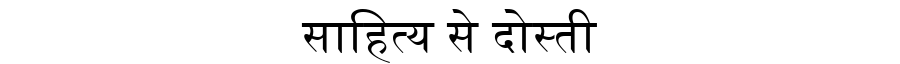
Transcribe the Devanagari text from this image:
साहित्य से दोस्ती